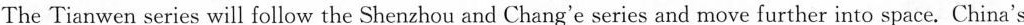
first fully homegrown Mars mission is on its way to the Red Planet. The Tianwen-l probe was launched